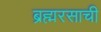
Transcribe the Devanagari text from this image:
ब्रह्मरसाची